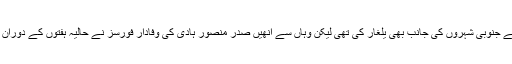
حوثی باغیوں نے جنوبی شہروں کی جانب بھی یلغار کی تھی لیکن وہاں سے انھیں صدر منصور ہادی کی وفادار فورسز نے حالیہ ہفتوں کے دوران پسپا کردیا ہے۔